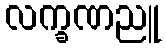
လက္ခဏညူ